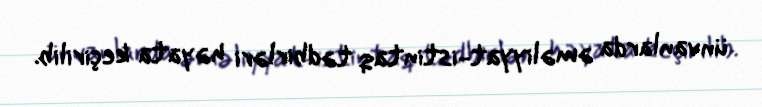
ünvanlarda əməliyyat-istintaq tədbirləri həyata keçirilib.